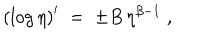
LaTeX: \left( \log \eta \right) ^ { \prime } \; = \; \pm B \, \eta ^ { \beta - 1 } \; ,